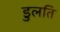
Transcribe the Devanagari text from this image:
डुलति